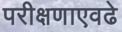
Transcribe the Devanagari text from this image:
परीक्षणाएवढे